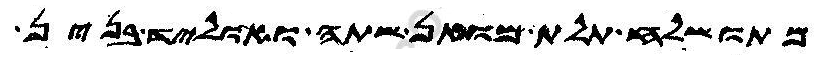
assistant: מתושלח תלת מואן שתה ואוליד בנין